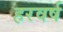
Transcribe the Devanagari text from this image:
हरवर्ष